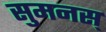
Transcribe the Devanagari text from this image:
सुमनस्‌